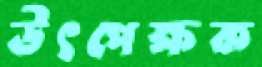
উৎপেক্ষক